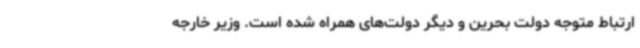
ارتباط متوجه دولت بحرین و دیگر دولت‌های همراه شده است. وزیر خارجه